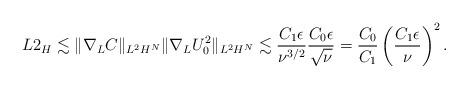
LaTeX: \begin{align*}L2_H \lesssim \| \nabla_L C \|_{L^2 H^N} \| \nabla_L U_0^2 \|_{L^2 H^N} \lesssim \frac{C_1 \epsilon}{\nu^{3/2}} \frac{C_0 \epsilon}{\sqrt \nu} = \frac{C_0}{C_1} \left( \frac{C_1 \epsilon}{\nu} \right)^2 .\end{align*}